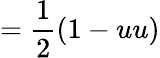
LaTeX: ={\frac{1}{2}}(1-uu)